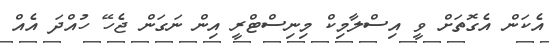
އެކަން އެގޮތަށް ވީ އިސްލާމިކް މިނިސްޓްރީ އިން ނަގަން ޖެހޭ ހުއްދަ އެއް